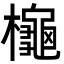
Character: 櫷